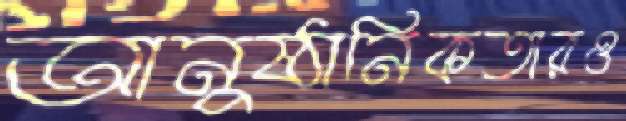
আনুষ্ঠানিকতারও